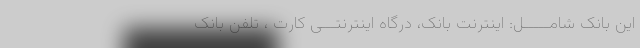
این بانک شامـــــل: اینترنت بانک، درگاه اینترنتـــی کارت ، تلفن بانک